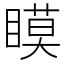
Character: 瞙